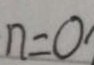
n = 0